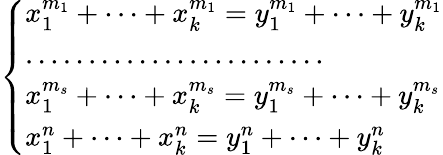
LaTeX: \left\{ \begin{array}{ll}{x_{1}^{m_{1}}+\dots+x_{k}^{m_{1}}=y_{1}^{m_{1}}+\dots+y_{k}^{m_{1}}}\\ {\dots\dots\dots\dots\dots\dots\dots\dots}\\ {x_{1}^{m_{s}}+\dots+x_{k}^{m_{s}}=y_{1}^{m_{s}}+\dots+y_{k}^{m_{s}}}\\ {x_{1}^{n}+\dots+x_{k}^{n}=y_{1}^{n}+\dots+y_{k}^{n}}\end{array}\right.